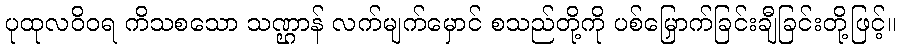
ပုထုလဝိဝရ ကိသစသော သဏ္ဌာန် လက်မျက်မှောင် စသည်တို့ကို ပစ်မြှောက်ခြင်းချီခြင်းတို့ဖြင့်။